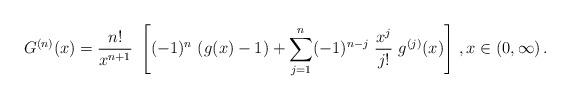
LaTeX: \begin{align*}G^{(n)}(x) = \frac{n!}{x^{n+1}}\ \left[ (-1)^n\ (g(x)-1) + \sum_{j=1}^n (-1)^{n-j}\ \frac{x^j}{j!}\ g^{(j)}(x) \right]\,, x\in (0,\infty)\,. \end{align*}